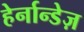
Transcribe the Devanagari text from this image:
हेर्नान्डेज़